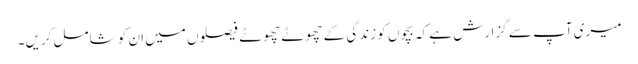
میری آپ سے گزارش ہے کہ بچوں کو زندگی کے چھوٹے چھوٹے فیصلوں میں ان کو شامل کریں۔